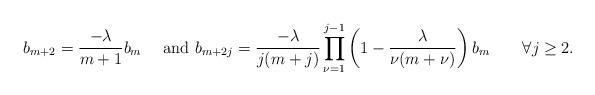
LaTeX: \begin{align*}b_{m+2}=\frac{-\lambda }{m+1}b_m\quad\mbox{ and }b_{m+2j}=\frac{-\lambda }{j(m+j)}\prod_{\nu=1}^{j-1}\left(1-\frac{\lambda }{\nu(m+\nu)}\right)b_m\quad\quad\forall j\geq2.\end{align*}